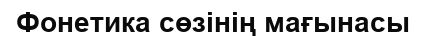
Фонетика сөзінің мағынасы